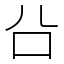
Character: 㕣